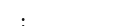
: